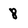
Character: 8